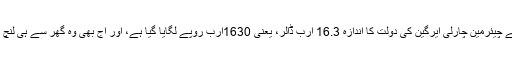
اسی طرح ڈش نیٹ ورک کے چیئرمین چارلی ایرگین کی دولت کا اندازہ 16.3 ارب ڈالر، یعنی 1630ارب روپے لگایا گیا ہے، اور آج بھی وہ گھر سے ہی لنچ بنا کر ساتھ لے کر جاتا ہے۔